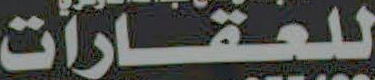
للعقارات